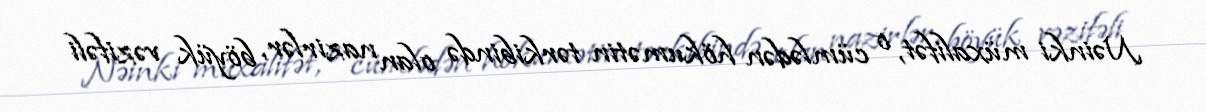
Nəinki müxalifət, o cümlədən hökumətin tərkibində olan nazirlər, böyük vəzifəli